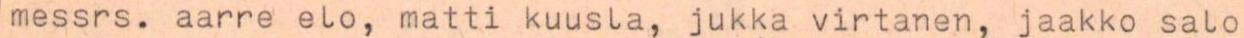
messrs. aarre elo, matti kuusla, jukka virtanen, jaakko salo